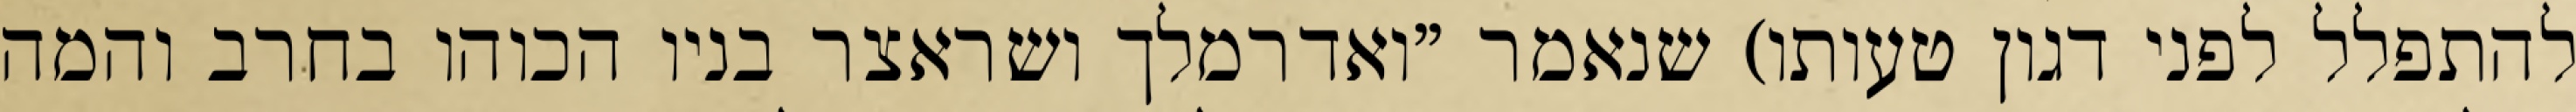
להתפלל לפני דגון טעותו) שנאמר "ואדרמלך ושראצר בניו הכוהו בחרב והמה